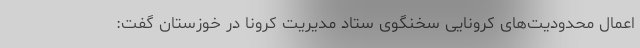
اعمال محدودیت‌های کرونایی سخنگوی ستاد مدیریت کرونا در خوزستان گفت: